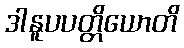
ဒါနူပပတ္တိယောတိ